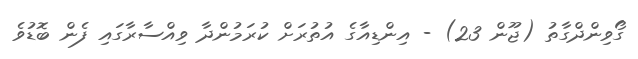
ގޯވިންދްގާތު (ޖޫން 23) - އިންޑިއާގެ އުތުރަށް ކުރަމުންދާ ވިއްސާރާގައި ފެން ބޮޑުވެ